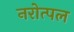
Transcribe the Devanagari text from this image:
नरोत्पल